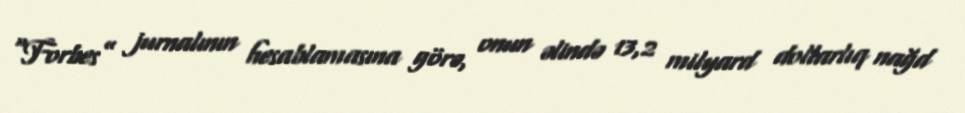
“Forbes” jurnalının hesablamasına görə, onun əlində 13,2 milyard dollarlıq nağd